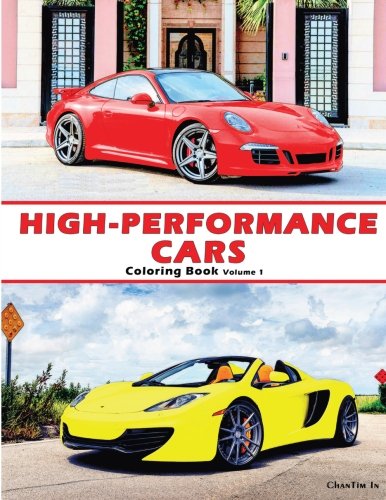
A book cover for High-Performance Cars: A Coloring Book of Cars (Volume 1); ChanTim In; Crafts, Hobbies & Home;